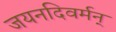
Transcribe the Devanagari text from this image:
जयनदिवर्मन्